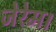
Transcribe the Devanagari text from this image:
जेरेम।